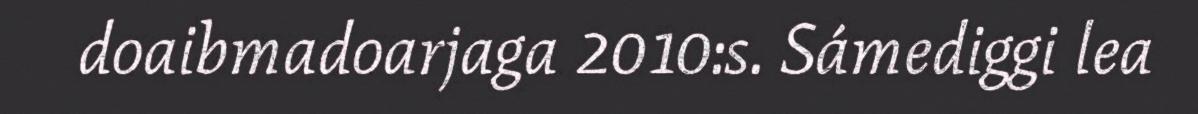
doaibmadoarjaga 2010:s. Sámediggi lea